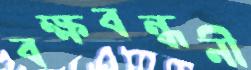
বক্ষবন্ধনী